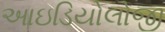
આઇડિયોલોજી